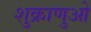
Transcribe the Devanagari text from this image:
शुक्राणुओ